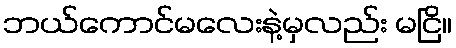
ဘယ်ကောင်မလေးနဲ့မှလည်း မငြိ။